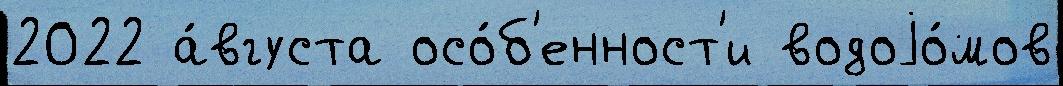
2022 а́вгуста осо́б'енност'и водоjо́мов